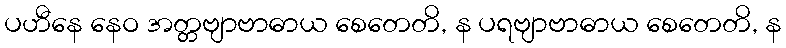
ပဟီနေ နေဝ အတ္တဗျာဗာဓာယ စေတေတိ, န ပရဗျာဗာဓာယ စေတေတိ, န